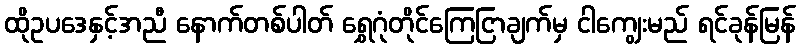
ထိုဥပဒေနှင့်အညီ နောက်တစ်ပါတ် ရွှေဂုံတိုင်ကြေငြာချက်မှ ငါကျွေးမည် ရင်ခုန်မြန်